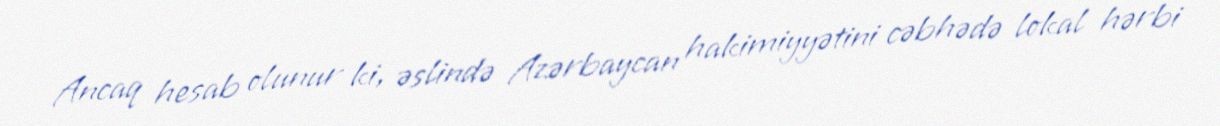
Ancaq hesab olunur ki, əslində Azərbaycan hakimiyyətini cəbhədə lokal hərbi